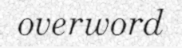
overword